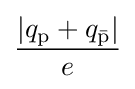
{\frac {\left|q_{\rm {p}}+q_{\bar {\rm {p}}}\right|}{e}}